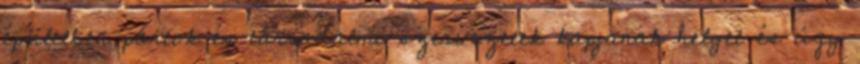
épületben pártok és társadalmi szervezetek kapjanak helyet és úgy